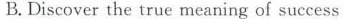
B.Discover the true meaning of success